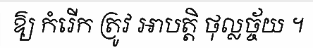
ឱ្យ កំរើក ត្រូវ អាបត្តិ ថុល្លច្ច័យ ។